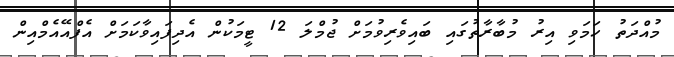
މުއްދަތު ހަމަވި އިރު މުބާރާތުގައި ބައިވެރިވުމަށް ޖުމްލަ 12 ޓީމަކުން އެދިފައިވާކަމަށް އެފްއޭއެމްއިން